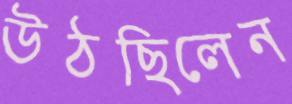
উঠছিলেন